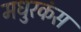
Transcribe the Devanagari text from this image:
मधुरकंस